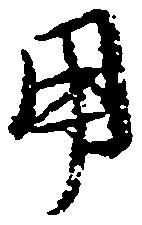
用